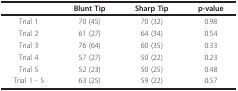
<table><thead><tr><td></td><td><b>Blunt Tip</b></td><td><b>Sharp Tip</b></td><td><b>p-value</b></td></tr></thead><tbody><tr><td>Trial 1</td><td>70 (45)</td><td>70 (32)</td><td>0.98</td></tr><tr><td>Trial 2</td><td>61 (27)</td><td>64 (34)</td><td>0.54</td></tr><tr><td>Trial 3</td><td>76 (64)</td><td>60 (35)</td><td>0.33</td></tr><tr><td>Trial 4</td><td>57 (27)</td><td>50 (22)</td><td>0.23</td></tr><tr><td>Trial 5</td><td>52 (23)</td><td>50 (25)</td><td>0.48</td></tr><tr><td>Trial 1 - 5</td><td>63 (25)</td><td>59 (22)</td><td>0.57</td></tr></tbody></table>